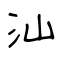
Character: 汕